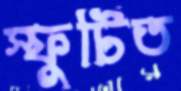
স্ফুটিত